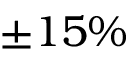
\pm 1 5 \%